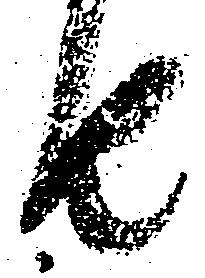
由